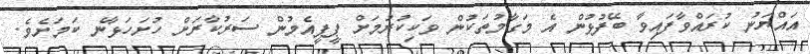
އައްޔަނު ކުރައްވާފައިވާ ބޭފުޅުން އެ މަގާމުތަކުން ވަކިކުރުމަށް ޕީޕީއެމުން ސަރުކާރަށް ހުށަހަޅާނެ ކަމަށެވެ.